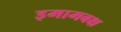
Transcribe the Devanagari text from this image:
इमामबक्ष